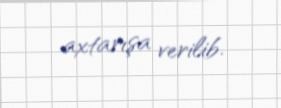
axtarışa verilib.